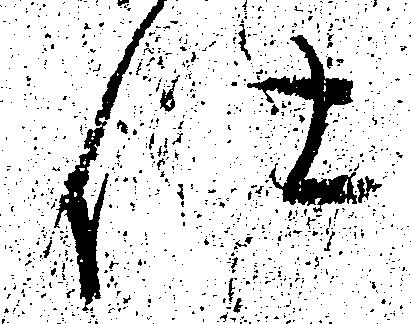
仕